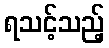
ရသင့်သည့်